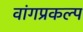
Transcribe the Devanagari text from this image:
वांगप्रकल्प